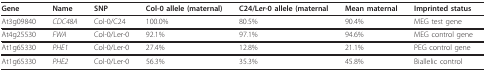
<table><thead><tr><td><b>Gene</b></td><td><b>Name</b></td><td><b>SNP</b></td><td><b>Col-0 allele (maternal)</b></td><td><b>C24/L<i>er</i>-0 allele (maternal</b></td><td><b>Mean maternal</b></td><td><b>Imprinted status</b></td></tr></thead><tbody><tr><td>At3g09840</td><td><i>CDC48A</i></td><td>Col-0/C24</td><td>100.0%</td><td>80.5%</td><td>90.4%</td><td>MEG test gene</td></tr><tr><td>At4g25530</td><td><i>FWA </i></td><td>Col-0/Ler<i>-</i>0</td><td>92.1%</td><td>97.1%</td><td>94.6%</td><td>MEG control gene</td></tr><tr><td>At1g65330</td><td><i>PHE1</i></td><td>Col-0/Ler<i>-</i>0</td><td>27.4%</td><td>12.8%</td><td>21.1%</td><td>PEG control gene</td></tr><tr><td>At1g65330</td><td><i>PHE2</i></td><td>Col-0/Ler<i>-</i>0</td><td>56.3%</td><td>35.3%</td><td>45.8%</td><td>Biallelic control</td></tr></tbody></table>